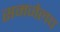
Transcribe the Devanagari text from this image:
समजेलच